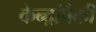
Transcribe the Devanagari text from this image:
केन्द्रांपैकी